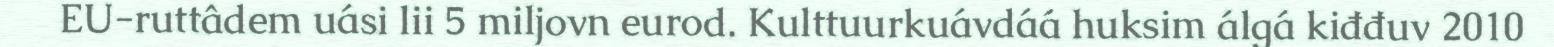
EU-ruttâdem uási lii 5 miljovn eurod. Kulttuurkuávdáá huksim álgá kiđđuv 2010